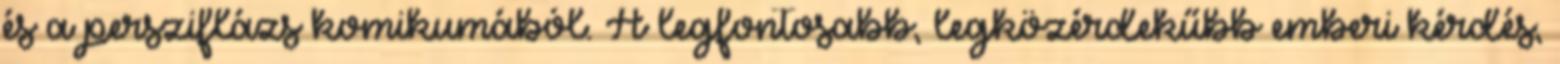
és a persziflázs komikumából. A legfontosabb, legközérdekűbb emberi kérdés,